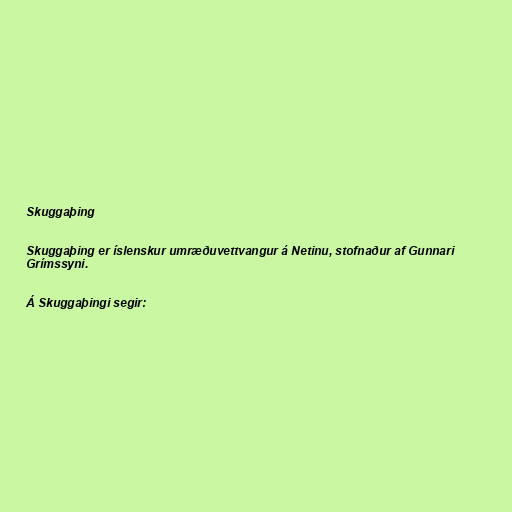
Skuggaþing

Skuggaþing er íslenskur umræðuvettvangur á Netinu, stofnaður af Gunnari
Grímssyni.

Á Skuggaþingi segir: